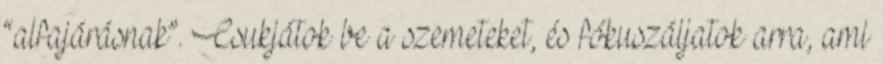
“alfajárásnak”. Csukjátok be a szemeteket, és fókuszáljatok arra, ami